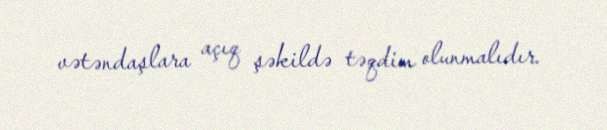
vətəndaşlara açıq şəkildə təqdim olunmalıdır.